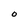
Character: o